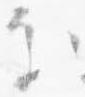
処